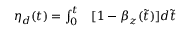
\begin{array} { r l } { \eta _ { d } ( t ) = \int _ { 0 } ^ { t } } & { { } [ 1 - \beta _ { z } ( \widetilde { t } ) ] d \widetilde { t } } \end{array}